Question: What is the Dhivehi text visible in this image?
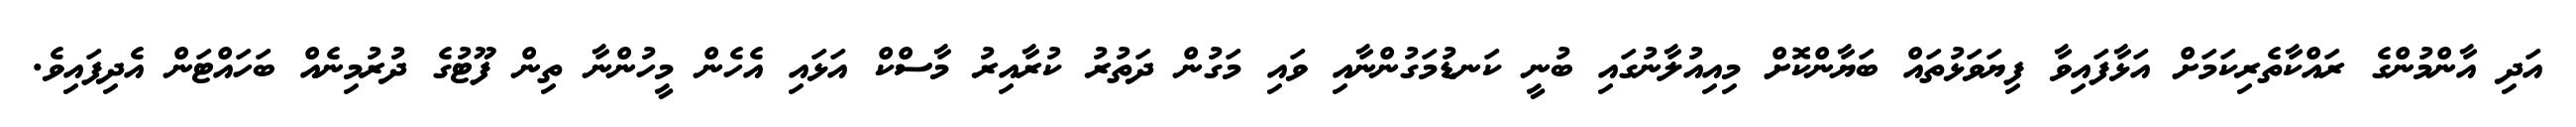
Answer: އަދި އާންމުންގެ ރައްކާތެރިކަމަށް އަޅާފައިވާ ފިޔަވަޅުތައް ބަޔާންކޮށް މިއިއުލާނުގައި ބުނީ ކަނޑުމަގުންނާއި ވައި މަގުން ދަތުރު ކުރާއިރު މާސްކް އަޅައި އެހެން މީހުންނާ ތިން ފޫޓުގެ ދުރުމިނެއް ބަހައްޓަން އެދިފައިވެ.